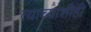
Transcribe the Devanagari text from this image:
त्याच्याशीही